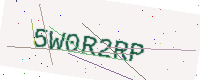
Text: 5W0R2RP